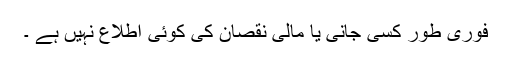
فوری طور کسی جانی یا مالی نقصان کی کوئی اطلاع نہیں ہے ۔